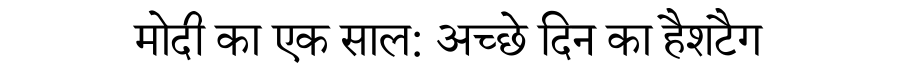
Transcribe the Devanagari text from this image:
मोदी का एक साल: अच्छे दिन का हैशटैग